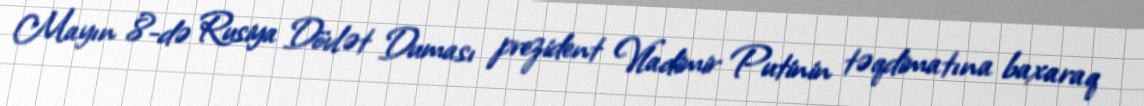
Mayın 8-də Rusiya Dövlət Duması prezident Vladimir Putinin təqdimatına baxaraq